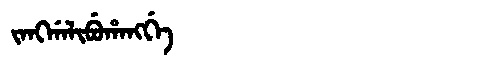
Manchu: ᠵᠠᠩᡤᠠᠯᡳᠪᡠᡥᠠᠩᡤᡝ
Romanization: JANGGALIBUHANGGE